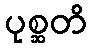
ပုစ္ဆတိ